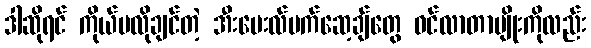
ဒါဆိုရင် ကိုယ်မလိုချင်တဲ့ အီးမေးလ်မက်ဆေ့ချ်တွေ ဝင်လာတာမျိုးကိုလည်း